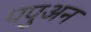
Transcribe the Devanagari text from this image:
पपुअन